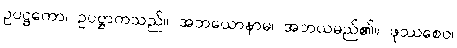
ဥပဋ္ဌကော၊ ဥပဋ္ဌာကသည်။ အဘယောနာမ၊ အဘယမည်၏။ ဖုဿစေဝ၊